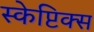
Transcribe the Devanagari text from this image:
स्केप्टिक्स